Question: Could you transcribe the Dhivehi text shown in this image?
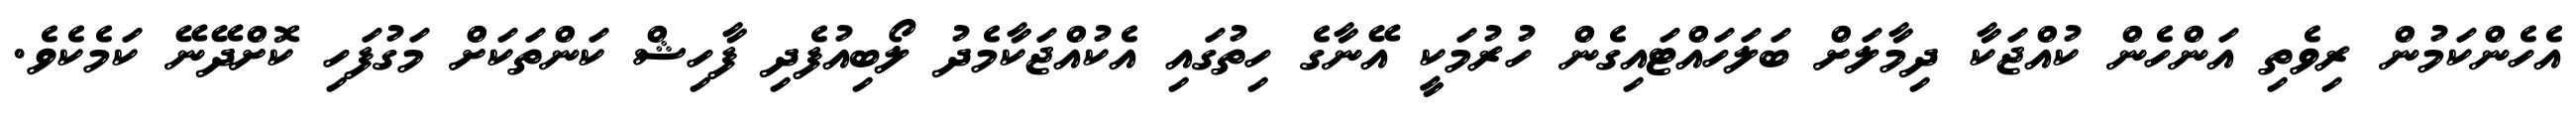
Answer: އެހެންކަމުން ރިވެތި އަންހެން ކުއްޖަކާ ދިމާލަށް ބަލަހައްޓައިގެން ހުރުމަކީ އޭނާގެ ހިތުގައި އެކުއްޖަކާމެދު ލޯބިއުފެދި ފާހިޝް ކަންތަކަށް މަގުފަހި ކޮށްދޭނޭ ކަމެކެވެ.